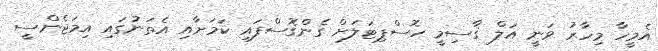
އެމީހާ މިހާރު ވަނީ އަލް ޤާސިމީ ހޮސްޕިޓަލަށް ގެންގޮސްފައި ކަމަށާއި އެތަނުގައި އިމަޖެންސީ